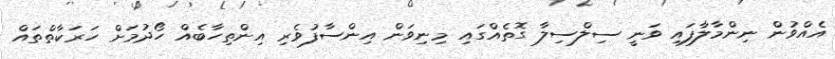
އެއްވުން ނިންމާލާފައި ވަނީ ސިލްސިލާ ގޮތެއްގައި މިނިވަން އިންސާފުވެރި އިންތިހާބެއް ހޯދުމަށް ހަރަކާތްތައް